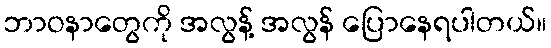
ဘာဝနာတွေကို အလွန့် အလွန် ပြောနေရပါတယ်။